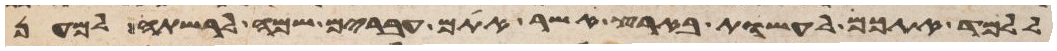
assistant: ללמד אתכם לעשות בארץ אשר אתם עברים שמה לרשתה למען